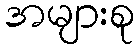
အများစု